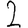
Digit: 2